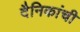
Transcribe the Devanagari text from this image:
दैनिकांची